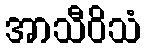
အာသီဝိသံ